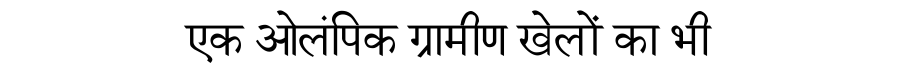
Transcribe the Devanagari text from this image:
एक ओलंपिक ग्रामीण खेलों का भी